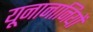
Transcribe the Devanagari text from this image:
यूनानानियों